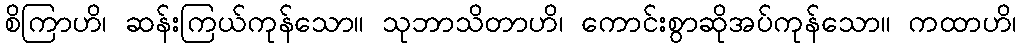
စိကြာဟိ၊ ဆန်းကြယ်ကုန်သော။ သုဘာသိတာဟိ၊ ကောင်းစွာဆိုအပ်ကုန်သော။ ကထာဟိ၊